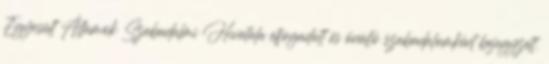
Egyesült Államok Szabadalmi Hivatala elfogadott és önálló szabadalomként bejegyzett.